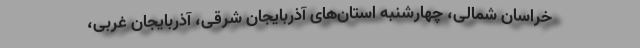
خراسان شمالی، چهارشنبه استان‌های آذربایجان شرقی، آذربایجان غربی،